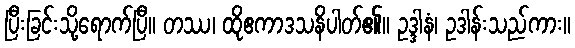
ပြီးခြင်းသို့ရောက်ပြီ။ တဿ၊ ထိုဧကာဒသနိပါတ်၏။ ဥဒ္ဒါနံ၊ ဥဒါန်းသည်ကား။